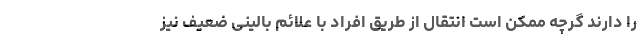
را دارند گرچه ممکن است انتقال از طریق افراد با علائم بالینی ضعیف نیز